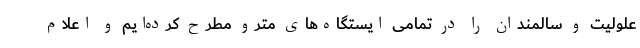
علولیت و سالمندان را در تمامی ایستگاه‌های مترو مطرح کرده‌ایم و اعلام